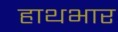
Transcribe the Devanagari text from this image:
हाथभार